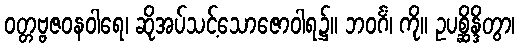
ဝတ္တဗ္ဗဇဝနဝါရေ၊ ဆိုအပ်သင့်သောဇောဝါရ၌။ ဘဝင်္ဂံ၊ ကို။ ဥပစ္ဆိန္ဒိတွာ၊